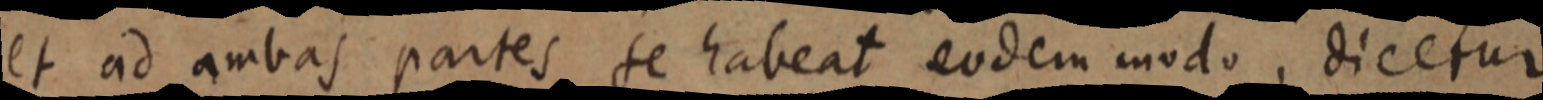
et ad ambas partes se habeat eodem modo, dicetur